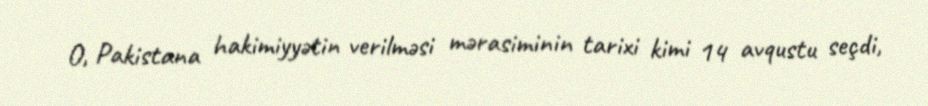
O, Pakistana hakimiyyətin verilməsi mərasiminin tarixi kimi 14 avqustu seçdi,